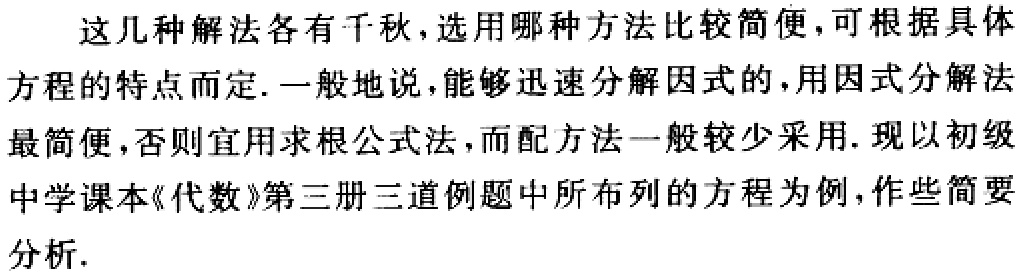
这几种解法各有千秋，选用哪种方法比较简便，可根据具体方程的特点而定. 一般地说，能够迅速分解因式的，用因式分解法最简便，否则宜用求根公式法，而配方法一般较少采用. 现以初级中学课本《代数》第三册三道例题中所布列的方程为例，作些简要分析.